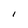
Character: l